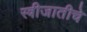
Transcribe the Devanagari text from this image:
स्त्रीजातीचे